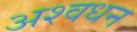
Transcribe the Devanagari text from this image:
अश्वधन